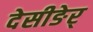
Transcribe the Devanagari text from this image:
देसीङेर्